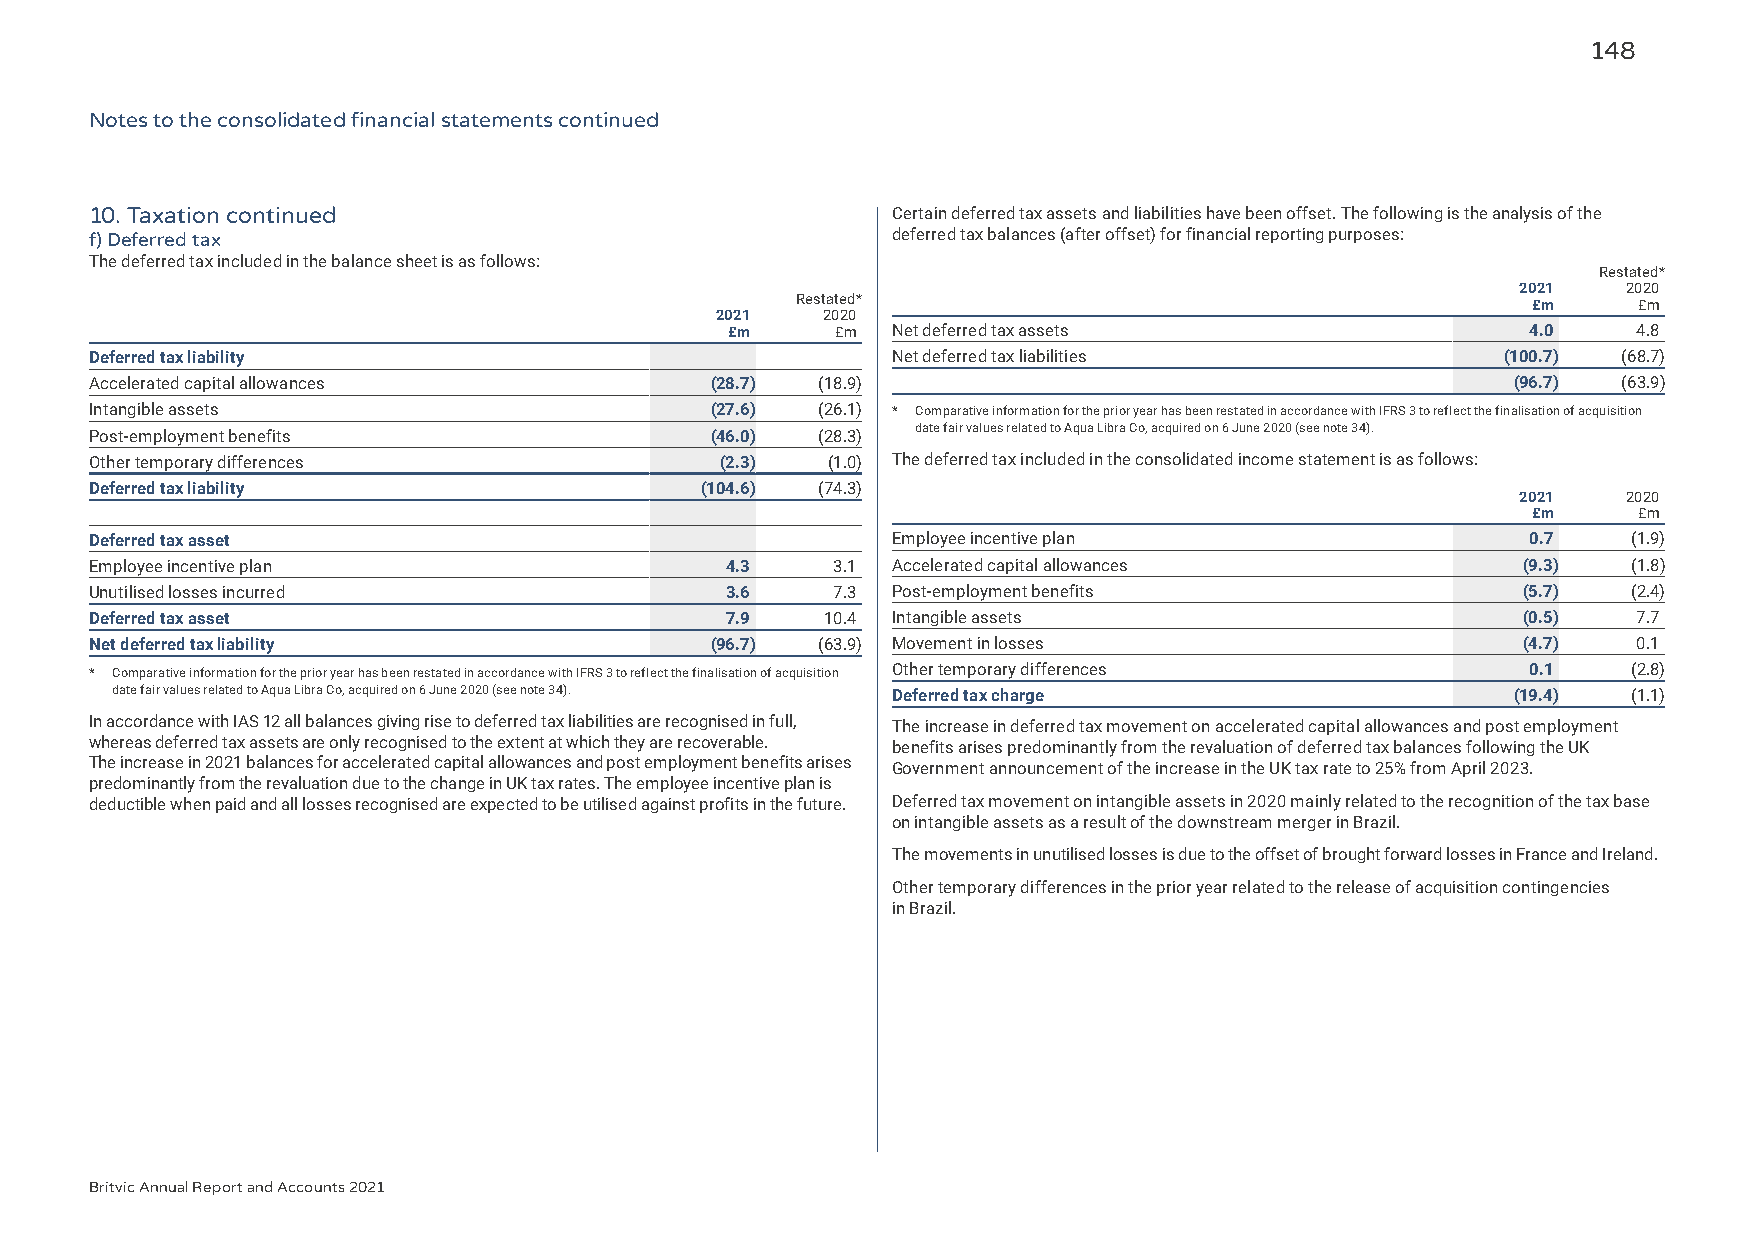
148
 Notes to the consolidated financial statements continued
 10. Taxation continued                               Certain deferred tax assets and liabilities have been offset. The following is the analysis of the
 f) Deferred tax                                      deferred tax balances (after offset) for financial reporting purposes:
 The deferred tax included in the balance sheet is as follows:
 Restated*
 2021   2020
 Restated*                                       £m     £m
 2021   2020
 £m     £m  Net deferred tax assets                   4.0    4.8
 Deferred tax liability                               Net deferred tax liabilities             (100.7) (68.7)
 Accelerated capital allowances           (28.7) (18.9)                                        (96.7) (63.9)
 Intangible assets                        (27.6) (26.1) * Comparative information for the prior year has been restated in accordance with IFRS 3 to reflect the finalisation of acquisition
 date fair values related to Aqua Libra Co, acquired on 6 June 2020 (see note 34).
 Post-employment benefits                 (46.0) (28.3)
 Other temporary differences               (2.3)  (1.0) The deferred tax included in the consolidated income statement is as follows:
 Deferred tax liability                  (104.6) (74.3)
 2021   2020
 £m     £m
 Deferred tax asset                                   Employee incentive plan                   0.7    (1.9)
 Employee incentive plan                   4.3    3.1 Accelerated capital allowances            (9.3)  (1.8)
 Unutilised losses incurred                3.6    7.3 Post-employment benefits                  (5.7)  (2.4)
 Deferred tax asset                        7.9    10.4 Intangible assets                        (0.5)  7.7
 Net deferred tax liability               (96.7) (63.9) Movement in losses                      (4.7)  0.1
 * Comparative information for the prior year has been restated in accordance with IFRS 3 to reflect the finalisation of acquisition Other temporary differences 0.1 (2.8)
 date fair values related to Aqua Libra Co, acquired on 6 June 2020 (see note 34). Deferred tax charge (19.4) (1.1)
 In accordance with IAS 12 all balances giving rise to deferred tax liabilities are recognised in full, The increase in deferred tax movement on accelerated capital allowances and post employment
 whereas deferred tax assets are only recognised to the extent at which they are recoverable. benefits arises predominantly from the revaluation of deferred tax balances following the UK
 The increase in 2021 balances for accelerated capital allowances and post employment benefits arises Government announcement of the increase in the UK tax rate to 25% from April 2023.
 predominantly from the revaluation due to the change in UK tax rates. The employee incentive plan is
 deductible when paid and all losses recognised are expected to be utilised against profits in the future. Deferred tax movement on intangible assets in 2020 mainly related to the recognition of the tax base
 on intangible assets as a result of the downstream merger in Brazil.
 The movements in unutilised losses is due to the offset of brought forward losses in France and Ireland.
 Other temporary differences in the prior year related to the release of acquisition contingencies
 in Brazil.
 Britvic Annual Report and Accounts 2021